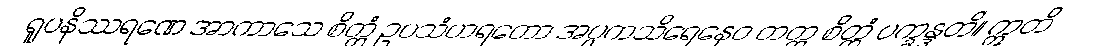
ရူပနိဿရဏေ အာကာသေ စိတ္တံ ဥပသံဟရတော အပ္ပကသိရေနေဝ တတ္ထ စိတ္တံ ပက္ခန္ဒတိ။ ဣတိ